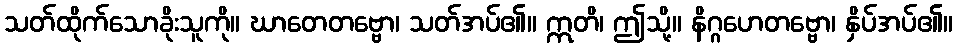
သတ်ထိုက်သောခိုးသူကို။ ဃာတေတဗ္ဗော၊ သတ်အပ်၏။ ဣတိ၊ ဤသို့။ နိဂ္ဂဟေတဗ္ဗော၊ နှိပ်အပ်၏။